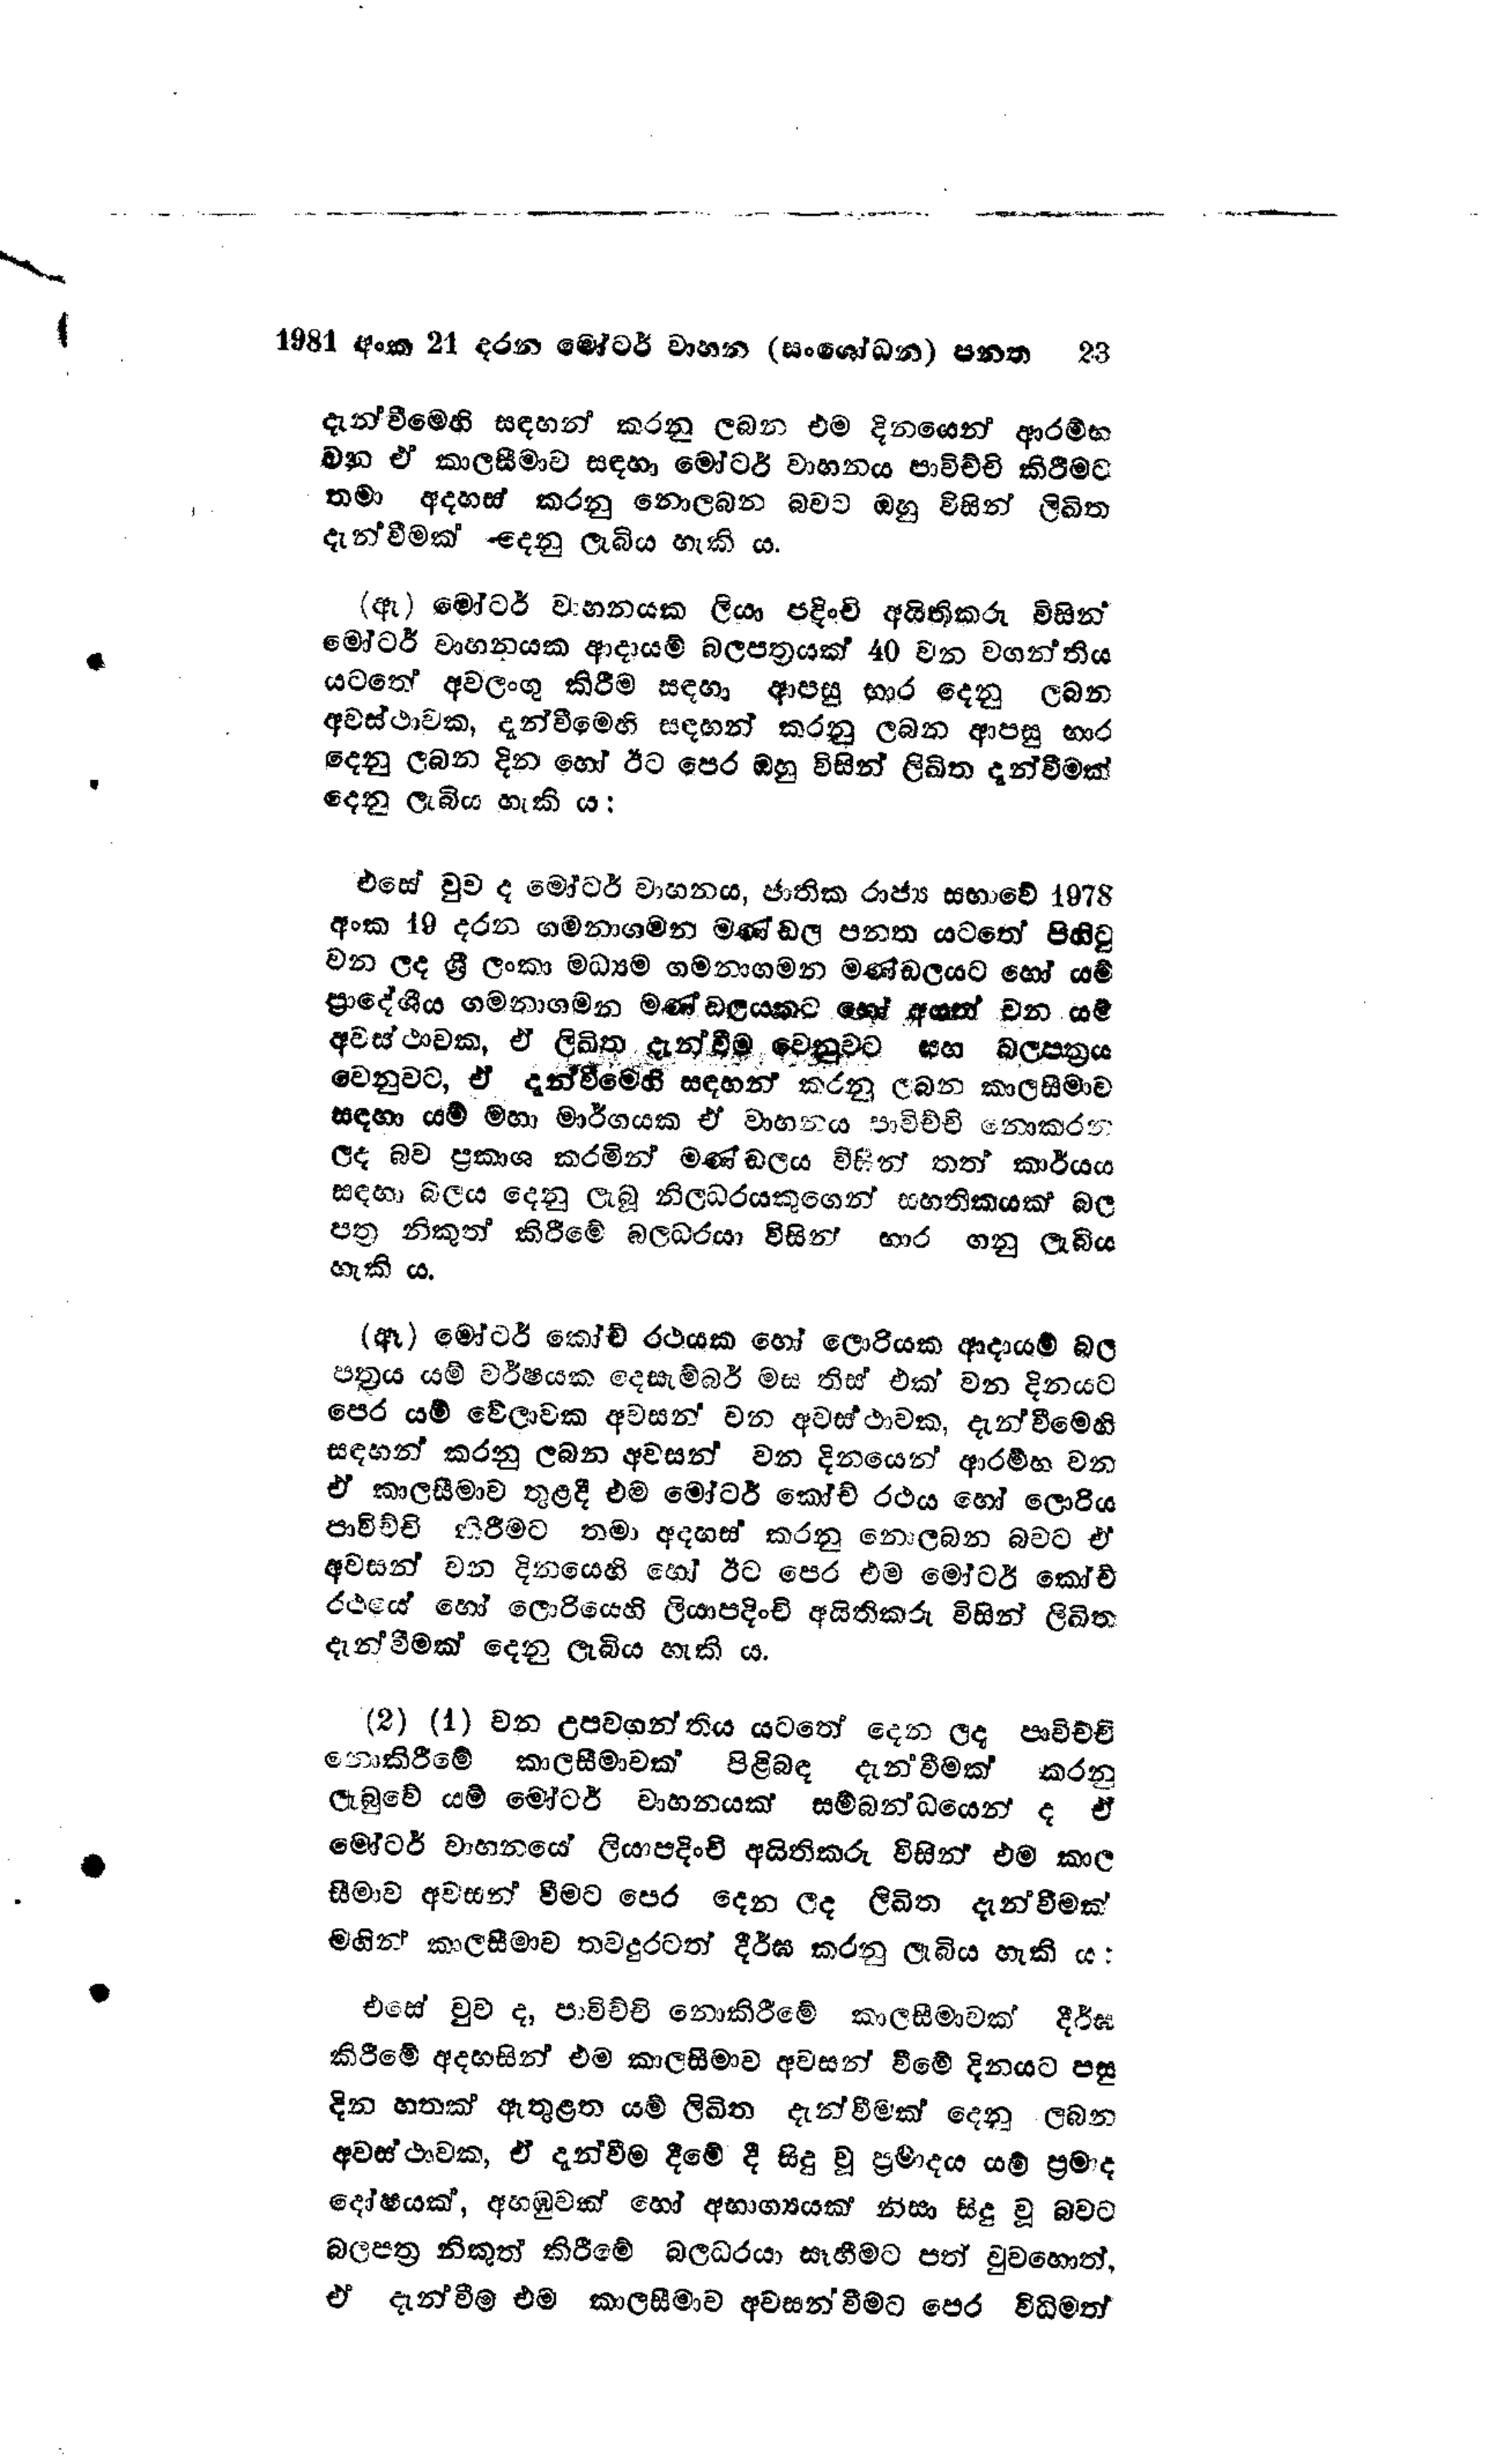
1981 අංක 21 දරන මෝටර් වාහන (සංශෝධන) පනත 23

දැන්වීමෙහි සඳහන් කරනු ලබන එම දිනයෙන් ආරම්භ
වන ඒ කාලසීමාව සඳහා මෝටර් වාහනය පාවිච්චි කිරීමට
තමා අදහස් කරනු නොලබන බවට ඔහු විසින් ලිඛිත
දැන්වීමක් දෙනු ලැබිය හැකි ය.

(ඇ) මෝටර් වාහනයක ලියා පදිංචි අයිතිකරු විසින්
මෝටර් වාහනයක ආදායම් බලපත්‍රයක් 40 වන වගන්තිය
යටතේ අවලංගු කිරීම සඳහා ආපසු භාර දෙනු ලබන
අවස්ථාවක, දැන්වීමෙහි සඳහන් කරනු ලබන ආපසු භාර
දෙනු ලබන දින හෝ ඊට පෙර ඔහු විසින් ලිඛිත දැන්වීමක්
දෙනු ලැබිය හැකි ය:

එසේ වුව ද මෝටර් වාහනය, ජාතික රාජ්‍ය සභාවේ 1978
අංක 19 දරන ගමනාගමන මණ්ඩල පනත යටතේ පිහිටු
වන ලද ශ්‍රී ලංකා මධ්‍යම ගමනාගමන මණ්ඩලයට හෝ යම්
ප්‍රාදේශීය ගමනාගමන මණ්ඩලයකට හෝ අයත් වන යම්
අවස්ථාවක, ඒ ලිඛිත දැන්වීම් වෙනුවට සහ බල පත්‍රය
වෙනුවට, ඒ දැන්වීමෙහි සඳහන් කරනු ලබන කාලසීමාව
සඳහා යම් මහා මාර්ගයක ඒ වාහනය පාවිච්චි නොකරන
ලද බව ප්‍රකාශ කරමින් මණ්ඩලය විසින් තත් කාර්යය
සඳහා බලය දෙනු ලැබූ නිලධරයකුගෙන් සහතිකයක බල
පත්‍ර නිකුත් කිරීමේ බලධරයා විසින් භාර ගනු ලැබිය
හැකි ය.

(ඈ) මෝටර් කෝච් රථයක හෝ ලොරියක ආදායම් බල
පත්‍රය යම් වර්ෂයක දෙසැම්බර් මස තිස් එක් වන දිනයට
පෙර යම් වේලාවක අවසන් වන අවස්ථාවක, දැන්වීමෙහි
සඳහන් කරනු ලබන අවසන් වන දිනයෙන් ආරම්භ වන
ඒ කාලසීමාව තුළදී එම මෝටර් කෝච් රථය හෝ ලොරිය
පාවිච්චි කිරීමට තමා අදහස් කරනු නොලබන බවට ඒ
අවසන් වන දිනයෙහි හෝ ඊට පෙර එම මෝටර් කෝච්
රථයේ හෝ ලොරියෙහි ලියාපදිංචි අයිතිකරු විසින් ලිඛිත
දැන්වීමක් දෙනු ලැබිය හැකි ය.

(2) (1) වන උපවගන්තිය යටතේ දෙන ලද පාවිච්චි
නොකිරීමේ කාලසීමාවක් පිළිබඳ දැන්වීමක් කරනු
ලැබුවේ යම් මෝටර් වාහනයක් සම්බන්ධයෙන් ද ඒ
මෝටර් වාහනයේ ලියාපදිංචි අයිතිකරු විසින් එම කාල
සීමාව අවසන් වීමට පෙර දෙන ලද ලිඛිත දැන්වීමක්
මගින් කාලසීමාව තවදුරටත් දීර්ඝ කරනු ලැබිය හැකි ය:

එසේ වුව ද, පාවිච්චි නොකිරීමේ කාලසීමාවක් දීර්ඝ
කිරීමේ අදහසින් එම කාලසීමාව අවසන් වීමේ දිනයට පසු
දින හතක් ඇතුළත යම් ලිඛිත දැන්වීමක් දෙනු ලබන
අවස්ථාවක, ඒ දැන්වීම දීමේ දී සිදු වූ ප්‍රමාදය යම් ප්‍රමාද
දෝෂයක්, අහඹුවක් හෝ අභාග්‍යයක් නිසා සිදු වූ බවට
බලපත්‍ර නිකුත් කිරීමේ බලධරයා සෑහීමට පත් වුවහොත්,
ඒ දැන්වීම එම කාලසීමාව අවසන් වීමට පෙර විධිමත්